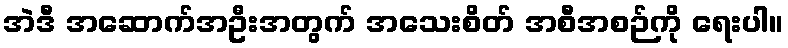
အဲဒီ အဆောက်အဦးအတွက် အသေးစိတ် အစီအစဉ်ကို ရေးပါ။